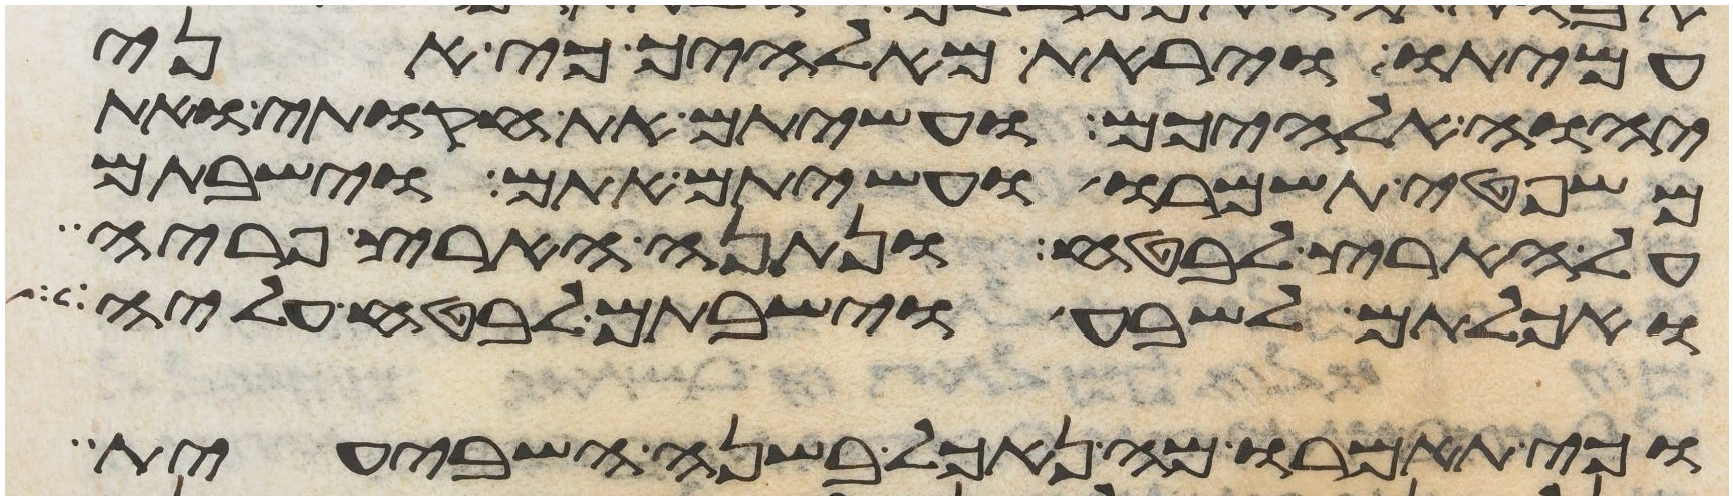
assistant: עמיתו ויראת מאלהיך כי אני
יהוה אלהיכם ועשיתם את חקותי ואת
משפטי תשמרו ועשיתם אתם וישבתם
על הארץ לבטח ונתנה הארץ פריה
ואכלתם לשבע וישבתם לבטח עליה
וכי תאמרו מה נאכל בשנה השביעית